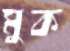
মুক